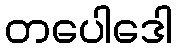
တပေါဒေါ